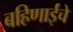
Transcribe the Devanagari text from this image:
बहिणाईंचे